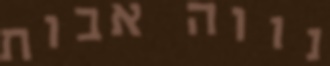
נווה אבות